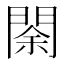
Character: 𨴩